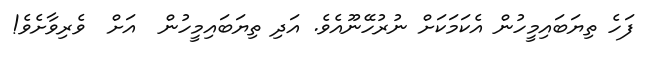
ފަހެ ތިޔަބައިމީހުން އެކަމަކަށް ނުރުހޭނޫއެވެ. އަދި ތިޔަބައިމީހުން  އަށް  ވެރިވާށެވެ!